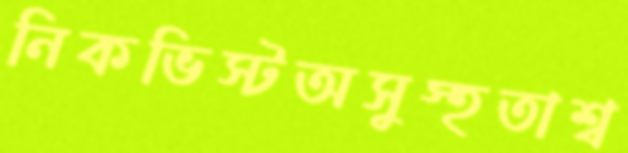
নিকভিস্টঅসুস্হতাশ্ব